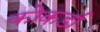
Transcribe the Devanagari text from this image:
कोकर्डा